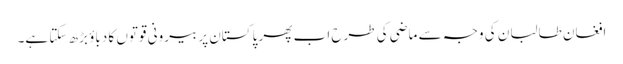
افغان طالبان کی وجہ سے ماضی کی طرح اب پھر پاکستان پر بیرونی قوتوں کا دباؤ بڑھ سکتا ہے۔